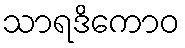
သာရဒိကောဝ